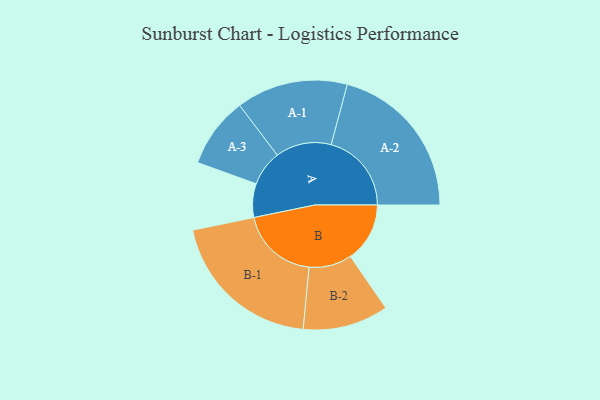
{"axis": {"x": "Segment", "y": "Value"}, "legend": ["", "A", "B"], "data": [{"x": "A", "y": 122, "type": ""}, {"x": "B", "y": 215, "type": ""}, {"x": "A-1", "y": 202, "type": "A"}, {"x": "A-2", "y": 291, "type": "A"}, {"x": "A-3", "y": 128, "type": "A"}, {"x": "B-1", "y": 283, "type": "B"}, {"x": "B-2", "y": 155, "type": "B"}]}